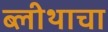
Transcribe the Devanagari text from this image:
ब्लीथाचा